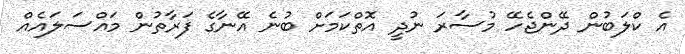
އެ ކްލަބުން ދޭންޖެހޭ މުސާރަ ނުދީ އޮތްކަމަށް ބުނެ އޭނާގެ ފަރާތުން މައްސަލައެއް